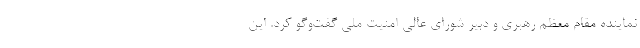
نماینده مقام معظم رهبری و دبیر شورای عالی امنیت ملی گفت‌وگو کرد. این